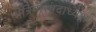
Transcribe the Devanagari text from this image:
मंत्रिपरिषदाध्यक्ष।